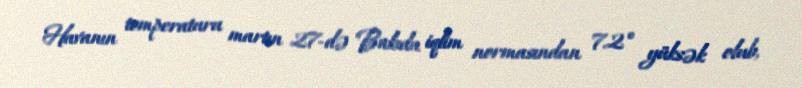
Havanın temperaturu martın 27-də Bakıda iqlim normasından 7.2° yüksək olub,